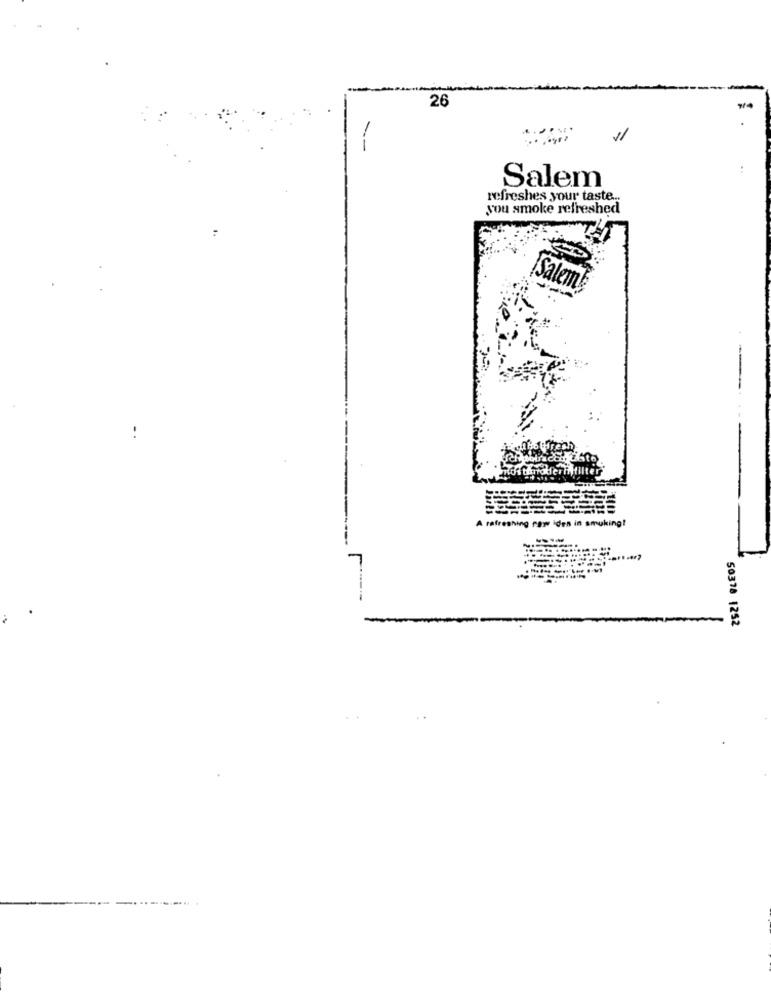
26
--
Salem
refreshes your taste ...
sou smoke refreshed
Salem
..
A refreshing raw Ides in
50378 1252